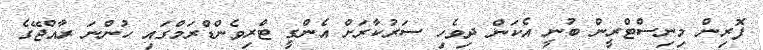
ފޮރިން މިނިސްޓްރީން ބުނީ އެކަން ދިވެހި ސަރުކާރަށް އެންގީ ޓްރިވެންޑްރަމްގައި ހުންނަ ރާއްޖޭގެ